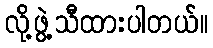
လို့ဖွဲ့သီထားပါတယ်။